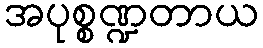
အပုစ္စဏ္ဍတာယ